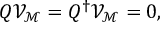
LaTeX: Q { \mathcal V } _ { \mathcal M } = Q ^ { \dagger } { \mathcal V } _ { \mathcal M } = 0 ,